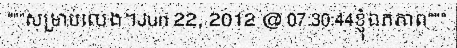
"""សម្រាប់លេង។Jun 22, 2012 @ 07:30:44ខ្ញុំឯកភាព"""